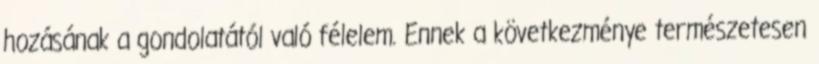
hozásának a gondolatától való félelem. Ennek a következménye természetesen